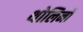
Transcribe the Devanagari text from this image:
थोलिनो